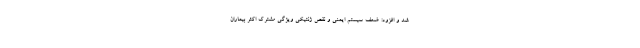
شد و افزود: ضعف سیستم ایمنی و نقص ژنتیکی ویژگی مشترک اکثر بیماران